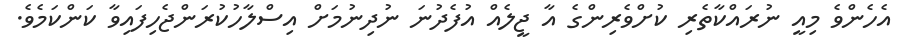
އެހެންވެ މިއީ ނުރައްކާތެރި ކުށްވެރިންގެ އާ ޖީލެއް އުފެދުނަ ނުދިނުމަށް އިސްލާހުކުރަންޖެހިފައިވާ ކަންކަމެވެ.